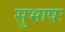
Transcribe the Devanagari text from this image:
सुभाषः